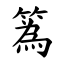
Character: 䈧